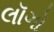
લૉગો